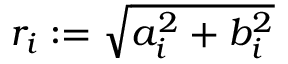
r _ { i } : = \sqrt { a _ { i } ^ { 2 } + b _ { i } ^ { 2 } }